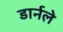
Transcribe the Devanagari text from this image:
डार्नले